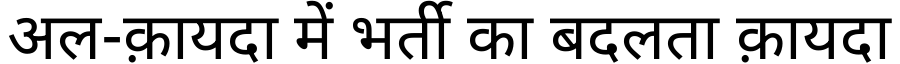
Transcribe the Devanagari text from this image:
अल-क़ायदा में भर्ती का बदलता क़ायदा